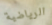
الرياضية